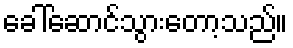
ခေါ်ဆောင်သွားတော့သည်။